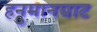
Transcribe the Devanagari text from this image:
हनुमानघाट